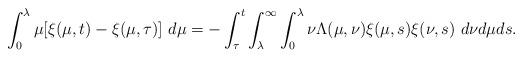
LaTeX: \begin{align*}\int_{0}^{\lambda}\mu[\xi(\mu,t)-\xi(\mu,\tau)]\ d\mu = -\int_{\tau}^{t}\int_{\lambda}^{\infty}\int_{0}^{\lambda}\nu\Lambda(\mu,\nu)\xi(\mu,s)\xi(\nu,s)\ d\nu d\mu ds.\end{align*}%\end{align*}